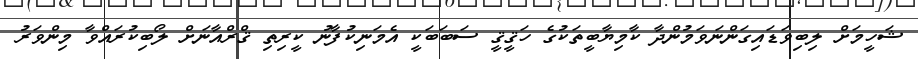
ޝަހީމަށް ލިބިވަޑައިގަންނަވަމުންދާ ކާމިޔާބީތަކުގެ ހަޤީޤީ ސަބަބަކީ އެމަނިކުފާނު ކީރިތި ޤްރްއާނަށް ލޯބިކުރައްވާ މިންވަރު